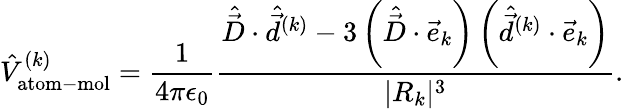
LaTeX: \hat{V}_{\mathrm{atom-mol}}^{(k)}=\frac{1}{4\pi\epsilon_{0}}\frac{\hat{\vec{D}}\cdot\hat{\vec{d}}^{(k)}-3\left(\hat{\vec{D}}\cdot\vec{e}_{k}\right)\left(\hat{\vec{d}}^{(k)}\cdot\vec{e}_{k}\right)}{|R_{k}|^{3}}.